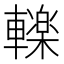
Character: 𮝩